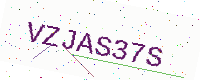
Text: VZJAS37S